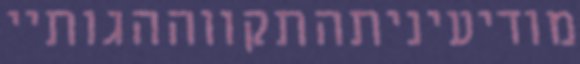
מודיעיניתהתקווההגותיי